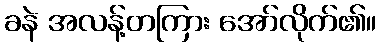
ခနဲ အလန့်တကြား အော်လိုက်၏။